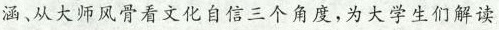
涵、从大师风骨看文化自信三个角度，为大学生们解读